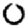
Digit: 0